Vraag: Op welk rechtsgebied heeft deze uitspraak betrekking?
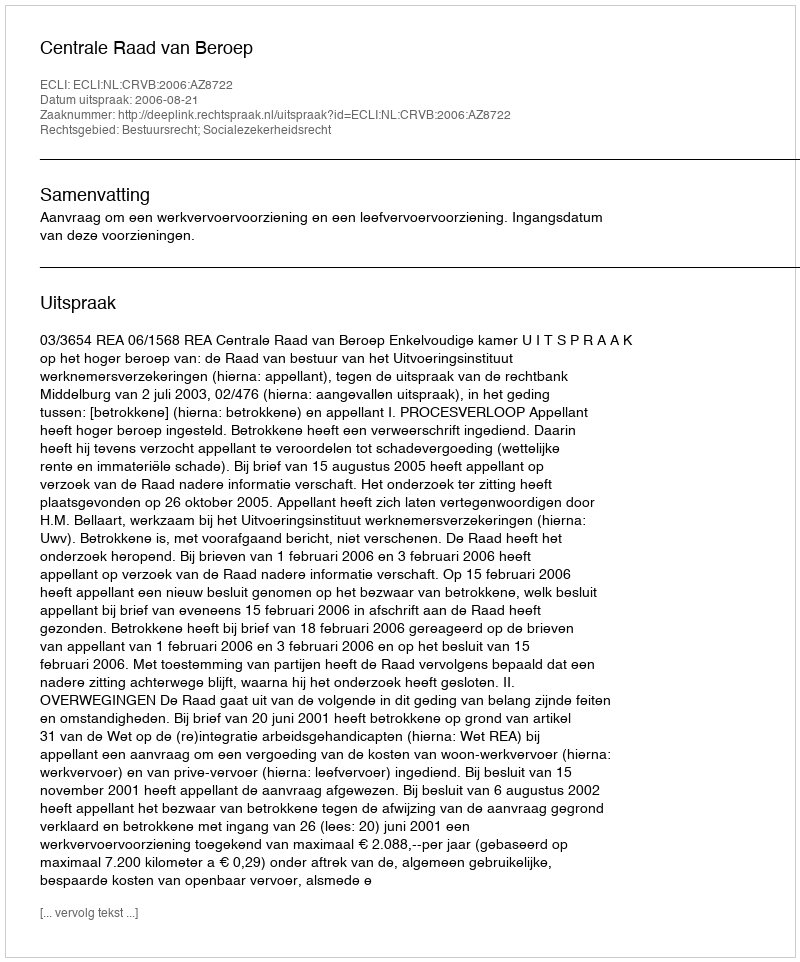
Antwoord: Bestuursrecht; Socialezekerheidsrecht